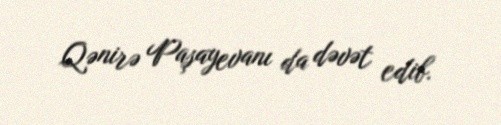
Qənirə Paşayevanı da dəvət edib.